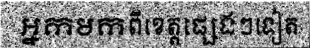
អ្នកមកពីខេត្តផ្សេងៗទៀត